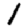
Digit: 1